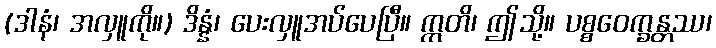
(ဒါနံ၊ အလှူကို။) ဒိန္နံ၊ ပေးလှူအပ်ပေပြီ။ ဣတိ၊ ဤသို့။ ပစ္စဝေက္ခန္တဿ၊